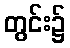
တွင်း၌